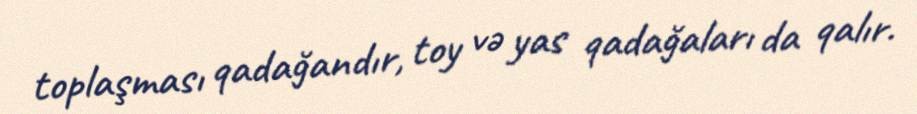
toplaşması qadağandır, toy və yas qadağaları da qalır.